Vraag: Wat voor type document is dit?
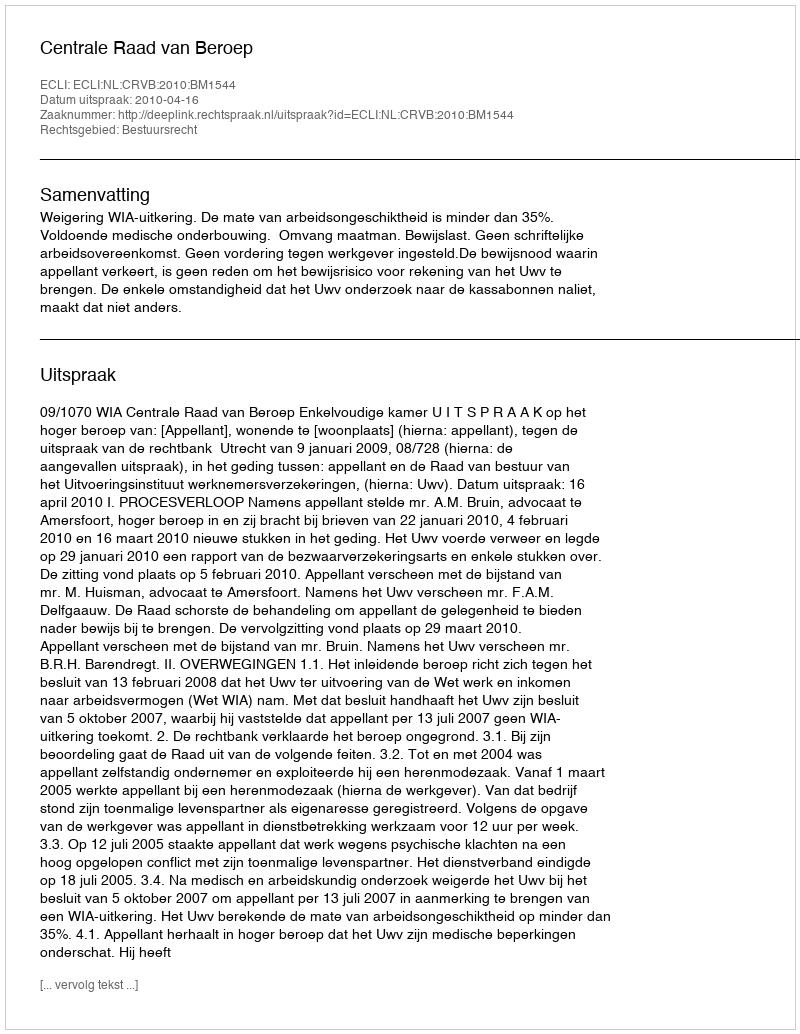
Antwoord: Uitspraak